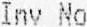
INV NO